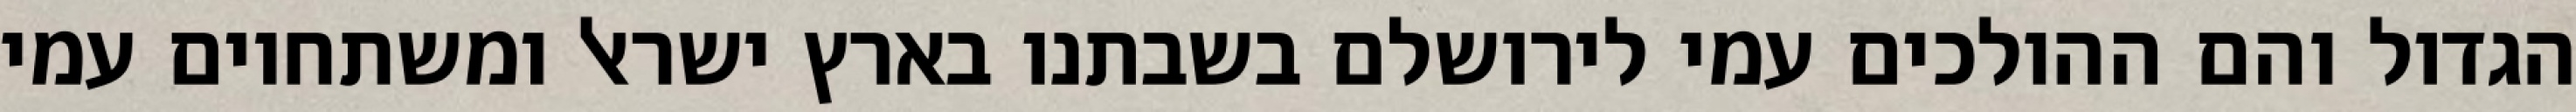
הגדול והם ההולכים עמי לירושלם בשבתנו בארץ ישראל ומשתחוים עמי